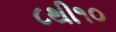
૮થી૧૦